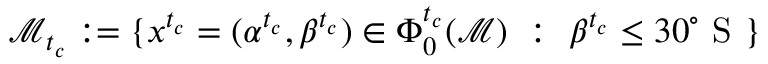
\mathcal { M } _ { t _ { c } } : = \{ x ^ { t _ { c } } = ( \alpha ^ { t _ { c } } , \beta ^ { t _ { c } } ) \in \Phi _ { 0 } ^ { t _ { c } } ( \mathcal { M } ) \ : \ \beta ^ { t _ { c } } \leq 3 0 ^ { \circ } \mathrm { ~ S ~ } \}